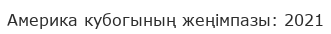
Америка кубогының жеңімпазы: 2021